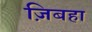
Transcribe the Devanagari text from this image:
ज़िबहा